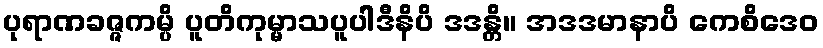
ပုရာဏခဇ္ဇကမ္ပိ ပူတိကုမ္မာသပူပါဒီနိပိ ဒဒန္တိ။ အဒဒမာနာပိ ကေစိဒေဝ